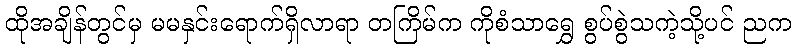
ထိုအချိန်တွင်မှ မမနှင်းရောက်ရှိလာရာ တကြိမ်က ကိုစံသာရွှေ စွပ်စွဲသကဲ့သို့ပင် ညက